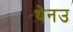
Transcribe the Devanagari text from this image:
ट्येनउ